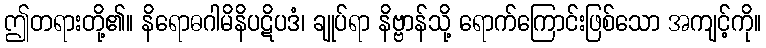
ဤတရားတို့၏။ နိရောဓဂါမိနိပဋိပဒံ၊ ချုပ်ရာ နိဗ္ဗာန်သို့ ရောက်ကြောင်းဖြစ်သော အကျင့်ကို။